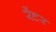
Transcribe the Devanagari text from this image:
रेंटर